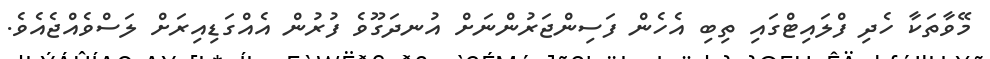
މޭވާތަކާ ހެދި ފްލައިޓްގައި ތިބި އެހެން ފަސިންޖަރުންނަށް އުނދަގޫވެ ފުރުން އެއްގަޑިއިރަށް ލަސްވެއްޖެއެވެ.